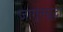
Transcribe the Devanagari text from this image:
जागूनसुद्धा